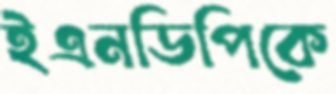
ইএনডিপিকে